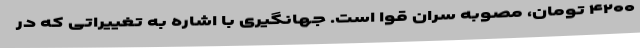
۴۲۰۰ تومان، مصوبه سران قوا است. جهانگیری با اشاره به تغییراتی که در